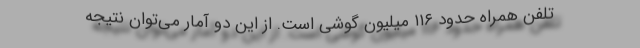
تلفن همراه حدود ۱۱۶ میلیون گوشی است. از این دو آمار می‌توان نتیجه